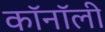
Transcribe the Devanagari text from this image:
कॉनॉली